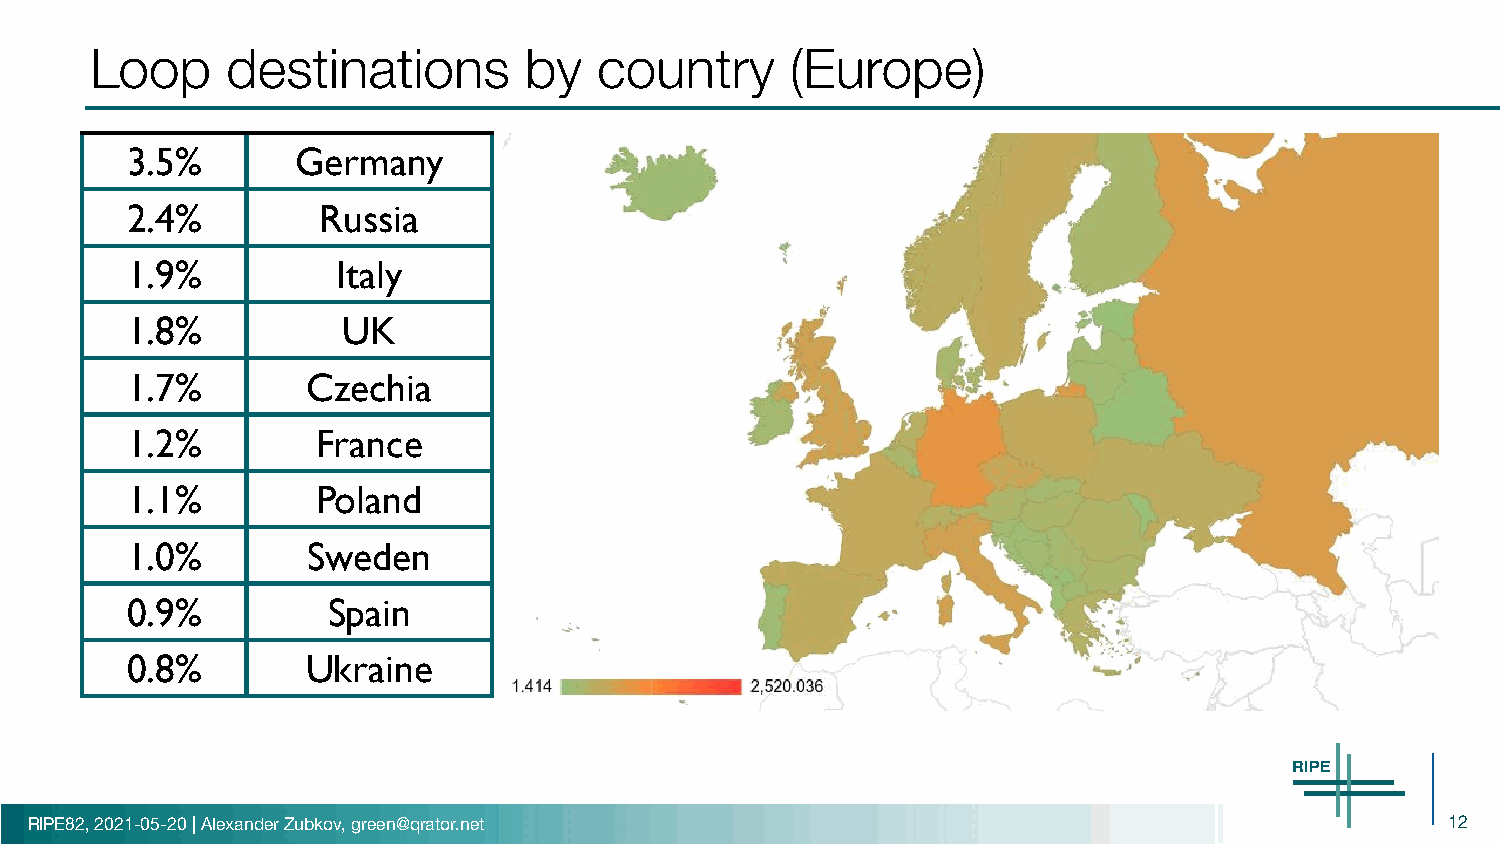
Loop     destinations        by   country     (Europe)
 3.5%        Germany
 2.4%         Russia
 1.9%          Italy
 1.8%           UK
 1.7%        Czechia
 1.2%         France
 1.1%         Poland
 1.0%        Sweden
 0.9%          Spain
 0.8%        Ukraine
 RIPE82, 2021-05-20 | Alexander Zubkov, green@qrator.net                                       12